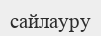
сайлауру